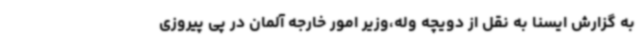
به گزارش ایسنا به نقل از دویچه وله،وزیر امور خارجه آلمان در پی پیروزی